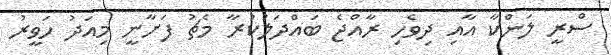
ސްރީ ލަންކާ އާއި ދިވެހި ރާއްޖެ ބައްދަލުކުރާ މެޗު ފަށާނީ މިއަދު ހަވީރު